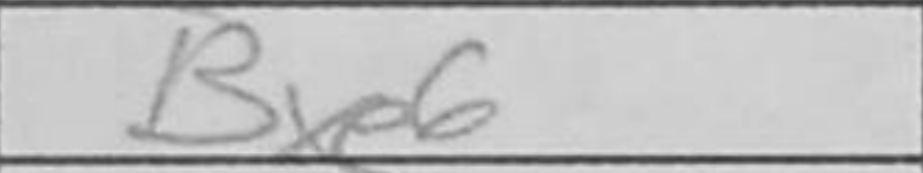
Transcription: Bxe6